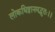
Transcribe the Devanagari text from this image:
लोकधिष्ठानमद्भुतः।।